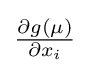
{\textstyle {\frac {\partial g(\mu )}{\partial x_{i}}}}